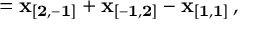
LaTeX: { \bf \delta } = { \bf x _ { [ 2 , - 1 ] } } + { \bf x _ { [ - 1 , 2 ] } } - { \bf x _ { [ 1 , 1 ] } } \, ,